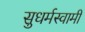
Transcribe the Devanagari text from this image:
सुधर्मस्वामी